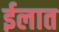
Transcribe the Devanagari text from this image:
ईलात